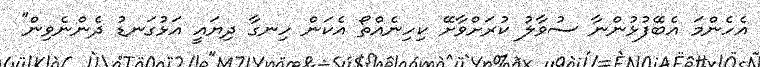
އެހެންމަ އެބޭފުޅުންނާ ސުވާލު ކުރަށްވާށޭ ކިހިނެއްތޯ އެކަން ހިނގާ ދިޔައީ އަޅުގަނޑު ދެންނެވިން''